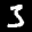
Label: 3